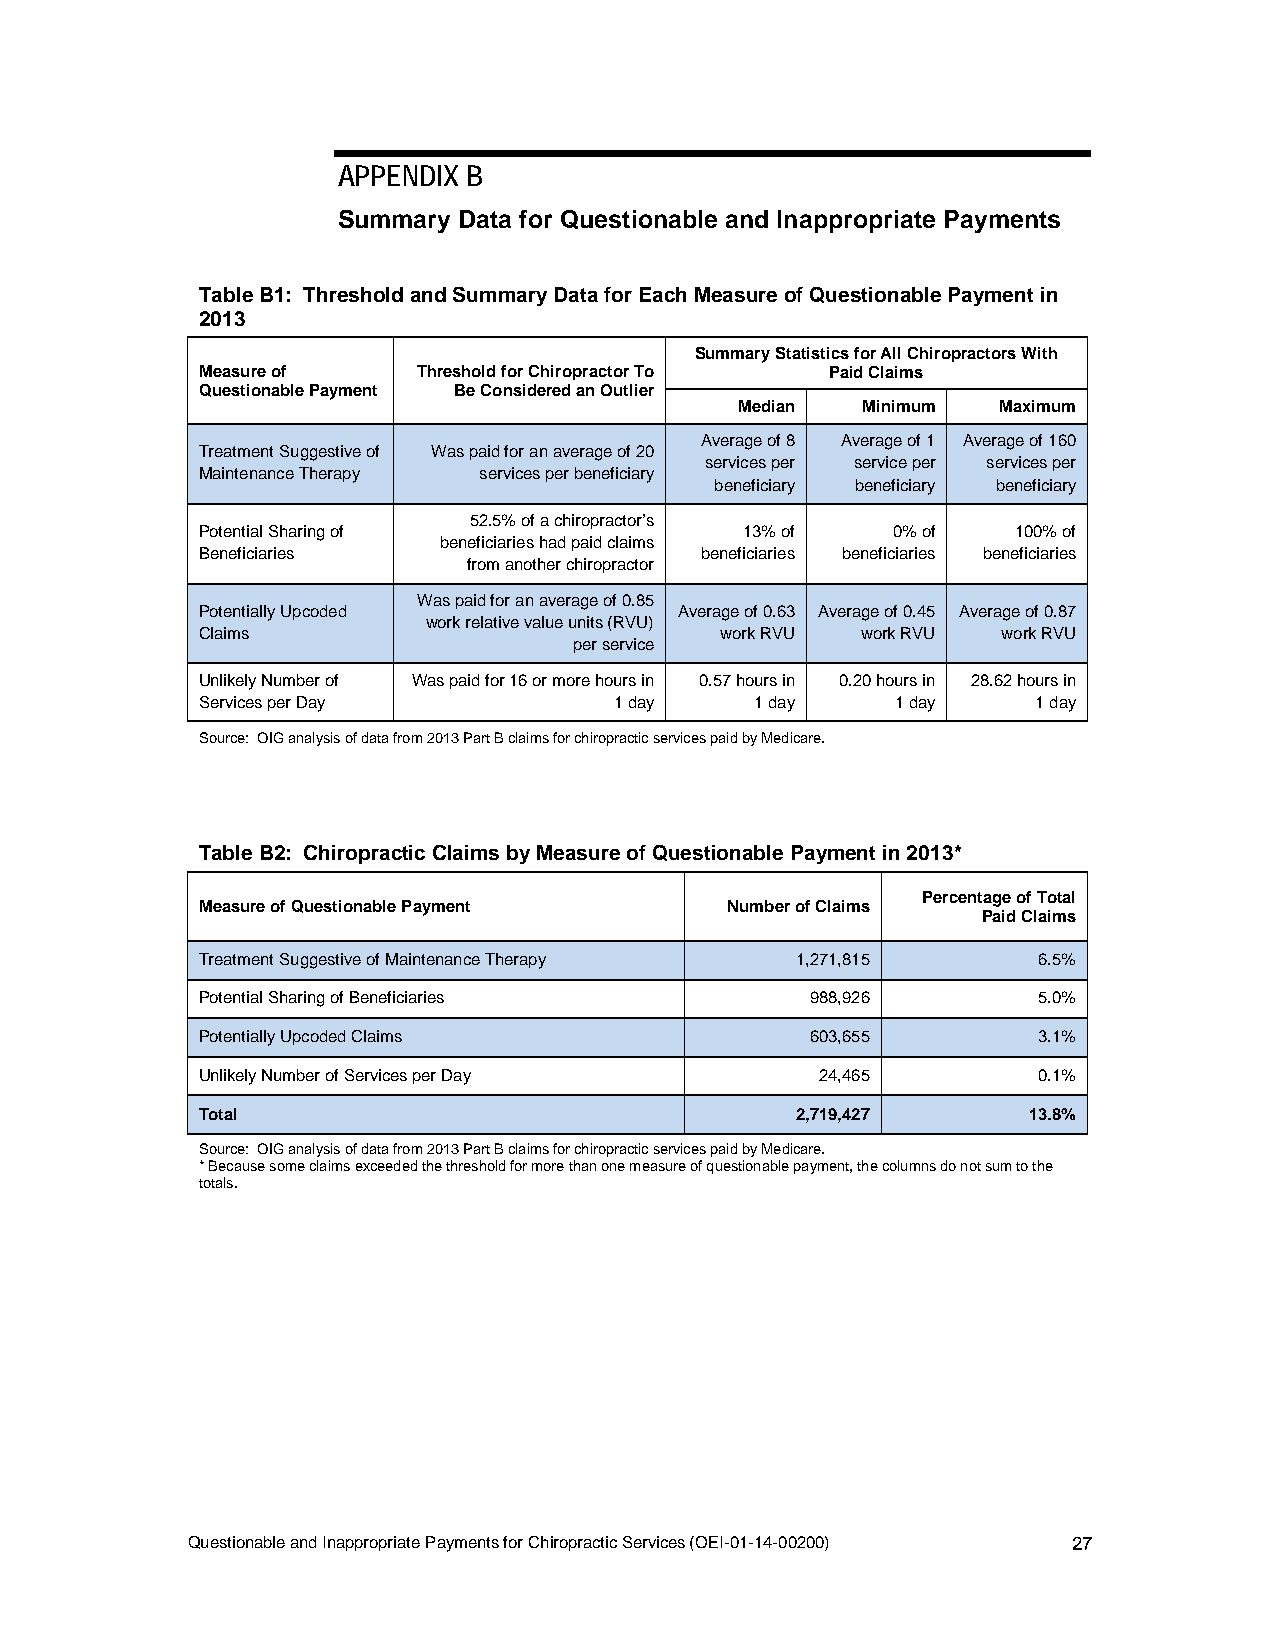
APPENDIX B
 Summary Data for Questionable and Inappropriate Payments
 Table B1: Threshold and Summary Data for Each Measure of Questionable Payment in
 2013
 Summary Statistics for All Chiropractors With
 Measure of     Threshold for Chiropractor To Paid Claims
 Questionable Payment Be Considered an Outlier
 Median  Minimum  Maximum
 Average of 8 Average of 1 Average of 160
 Treatment Suggestive of Was paid for an average of 20
 services per service per services per
 Maintenance Therapy services per beneficiary
 beneficiary beneficiary beneficiary
 52.5% of a chiropractor’s
 Potential Sharing of                13% of    0% of   100% of
 beneficiaries had paid claims
 Beneficiaries                    beneficiaries beneficiaries beneficiaries
 from another chiropractor
 Was paid for an average of 0.85
 Potentially Upcoded             Average of 0.63 Average of 0.45 Average of 0.87
 work relative value units (RVU)
 Claims                             work RVU work RVU work RVU
 per service
 Unlikely Number of Was paid for 16 or more hours in 0.57 hours in 0.20 hours in 28.62 hours in
 Services per Day            1 day    1 day    1 day     1 day
 Source: OIG analysis of data from 2013 Part B claims for chiropractic services paid by Medicare.
 Table B2: Chiropractic Claims by Measure of Questionable Payment in 2013*
 Percentage of Total
 Measure of Questionable Payment    Number of Claims
 Paid Claims
 Treatment Suggestive of Maintenance Therapy 1,271,815   6.5%
 Potential Sharing of Beneficiaries       988,926        5.0%
 Potentially Upcoded Claims               603,655        3.1%
 Unlikely Number of Services per Day      24,465         0.1%
 Total                                   2,719,427      13.8%
 Source: OIG analysis of data from 2013 Part B claims for chiropractic services paid by Medicare.
 * Because some claims exceeded the threshold for more than one measure of questionable payment, the columns do not sum to the
 totals.
 Questionable and Inappropriate Payments for Chiropractic Services (OEI-01-14-00200) 27